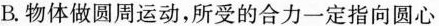
B.物体做圆周运动，所受的合力一定指向圆心